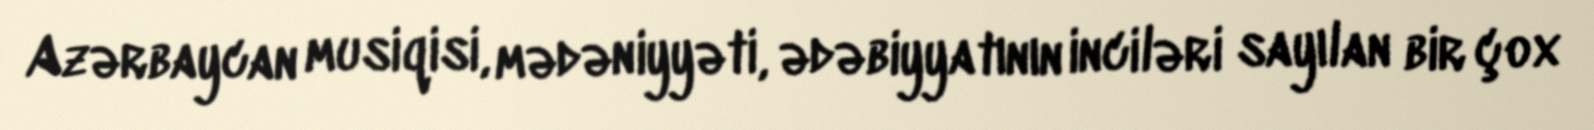
Azərbaycan musiqisi, mədəniyyəti, ədəbiyyatının inciləri sayılan bir çox